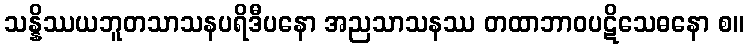
သန္နိဿယဘူတသာသနပရိဒီပနော အညသာသနဿ တထာဘာဝပဋိသေဓနော စ။